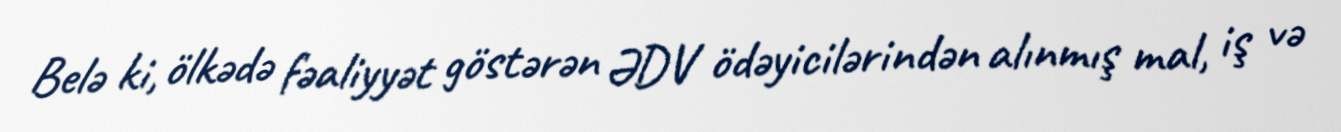
Belə ki, ölkədə fəaliyyət göstərən ƏDV ödəyicilərindən alınmış mal, iş və